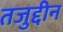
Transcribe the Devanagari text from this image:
तजुद्दीन